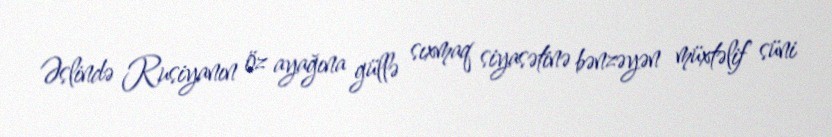
Əslində Rusiyanın öz ayağına güllə sıxmaq siyasətinə bənzəyən müxtəlif süni